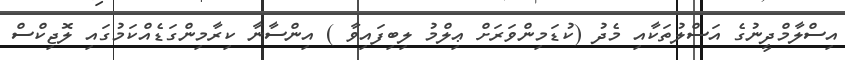
އިސްލާމްދީނުގެ އަސްލުތަކާއި މެދު (ކުޑަމިންވަރަށް ޢިލްމު ލިބިފައިވާ ) އިންސާނާ ކިރާމިންގަޑެއްކަމުގައި ލޮޖިކްސް